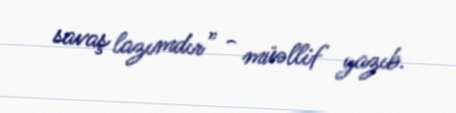
savaş lazımdır” - müəllif yazıb.